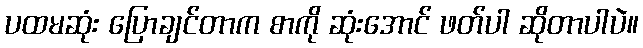
ပထမဆုံး ပြောချင်တာက စာကို ဆုံးအောင် ဖတ်ပါ ဆိုတာပါပဲ။